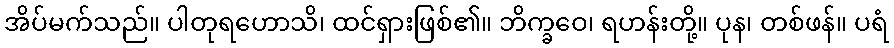
အိပ်မက်သည်။ ပါတုရဟောသိ၊ ထင်ရှားဖြစ်၏။ ဘိက္ခဝေ၊ ရဟန်းတို့။ ပုန၊ တစ်ဖန်။ ပရံ